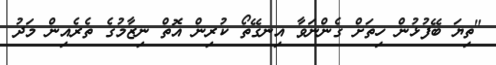
"ތިޔަ ބޭފުޅުން ހިތަށް ގެންނަވާ އިނގޭތޯ ކުރިން އޮތް ނިޒާމުގެ ތެރެއިން މަދު